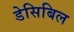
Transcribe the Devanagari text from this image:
डेसिबिल